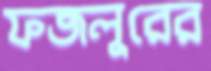
ফজলুরের